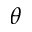
\theta